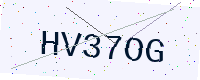
Text: HV37OG